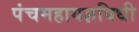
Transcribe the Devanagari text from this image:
पंचमहायज्ञविधी